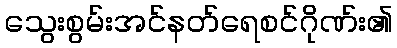
သွေးစွမ်းအင်နတ်ရေစင်ဂိုဏ်း၏